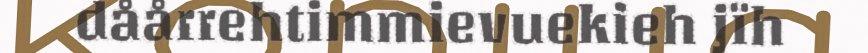
dåårrehtimmievuekieh jïh